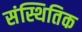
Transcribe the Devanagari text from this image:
संस्थितिक